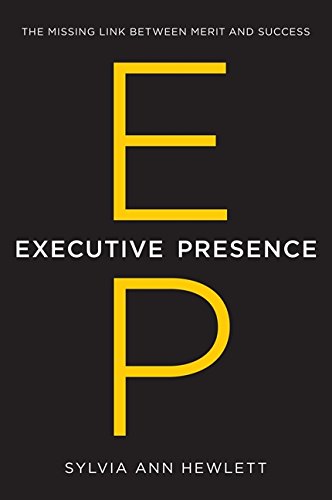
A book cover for Executive Presence: The Missing Link Between Merit and Success; Sylvia Ann Hewlett; Business & Money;